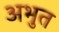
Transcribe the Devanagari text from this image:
अभुत